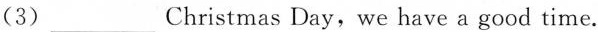
(3)___Christmas Day，we have a good time.